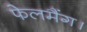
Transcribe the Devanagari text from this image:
फेलमैंग।